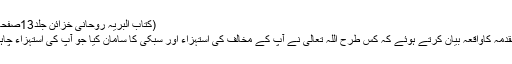
(کتاب البریہ روحانی خزائن جلد13صفحہ19)
اسی مقدمہ کاواقعہ بیان کرتے ہوئے کہ کس طرح اللہ تعالیٰ نے آپؑ کے مخالف کی استہزاء اور سبکی کا سامان کیا جو آپؑ کی استہزاء چاہتا تھا۔